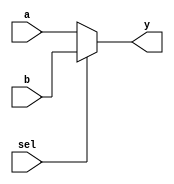
module mux_2to1
    #( 
        parameter WIDTH = 8
    )
    (
        input wire [WIDTH-1:0]  a,
        input wire [WIDTH-1:0]  b,
        input wire [0:0]        sel,
        output wire [WIDTH-1:0] y
    );

    assign y = (sel == 1'b0) ? a : b;  

endmodule